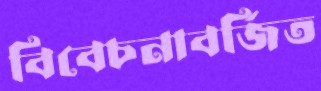
বিবেচনাবর্জিত